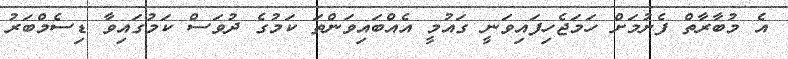
އެ މުބާރާތް ފެށުމަށް ހަމަޖެހިފައިވަނީ ގައުމީ އެއްބައިވަންތަ ކަމުގެ ދުވަސް ކަމުގައިވާ ޑިސެމްބަރު